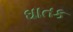
ઘાતક